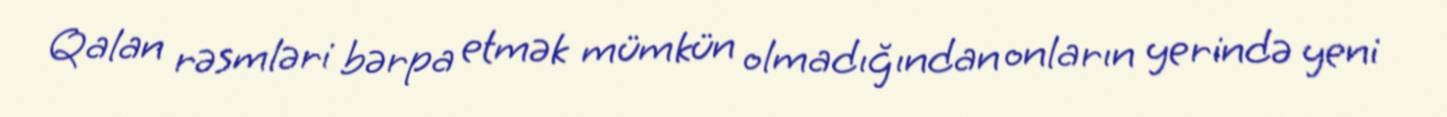
Qalan rəsmləri bərpa etmək mümkün olmadığından onların yerində yeni